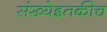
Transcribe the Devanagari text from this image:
संख्येइतकीच